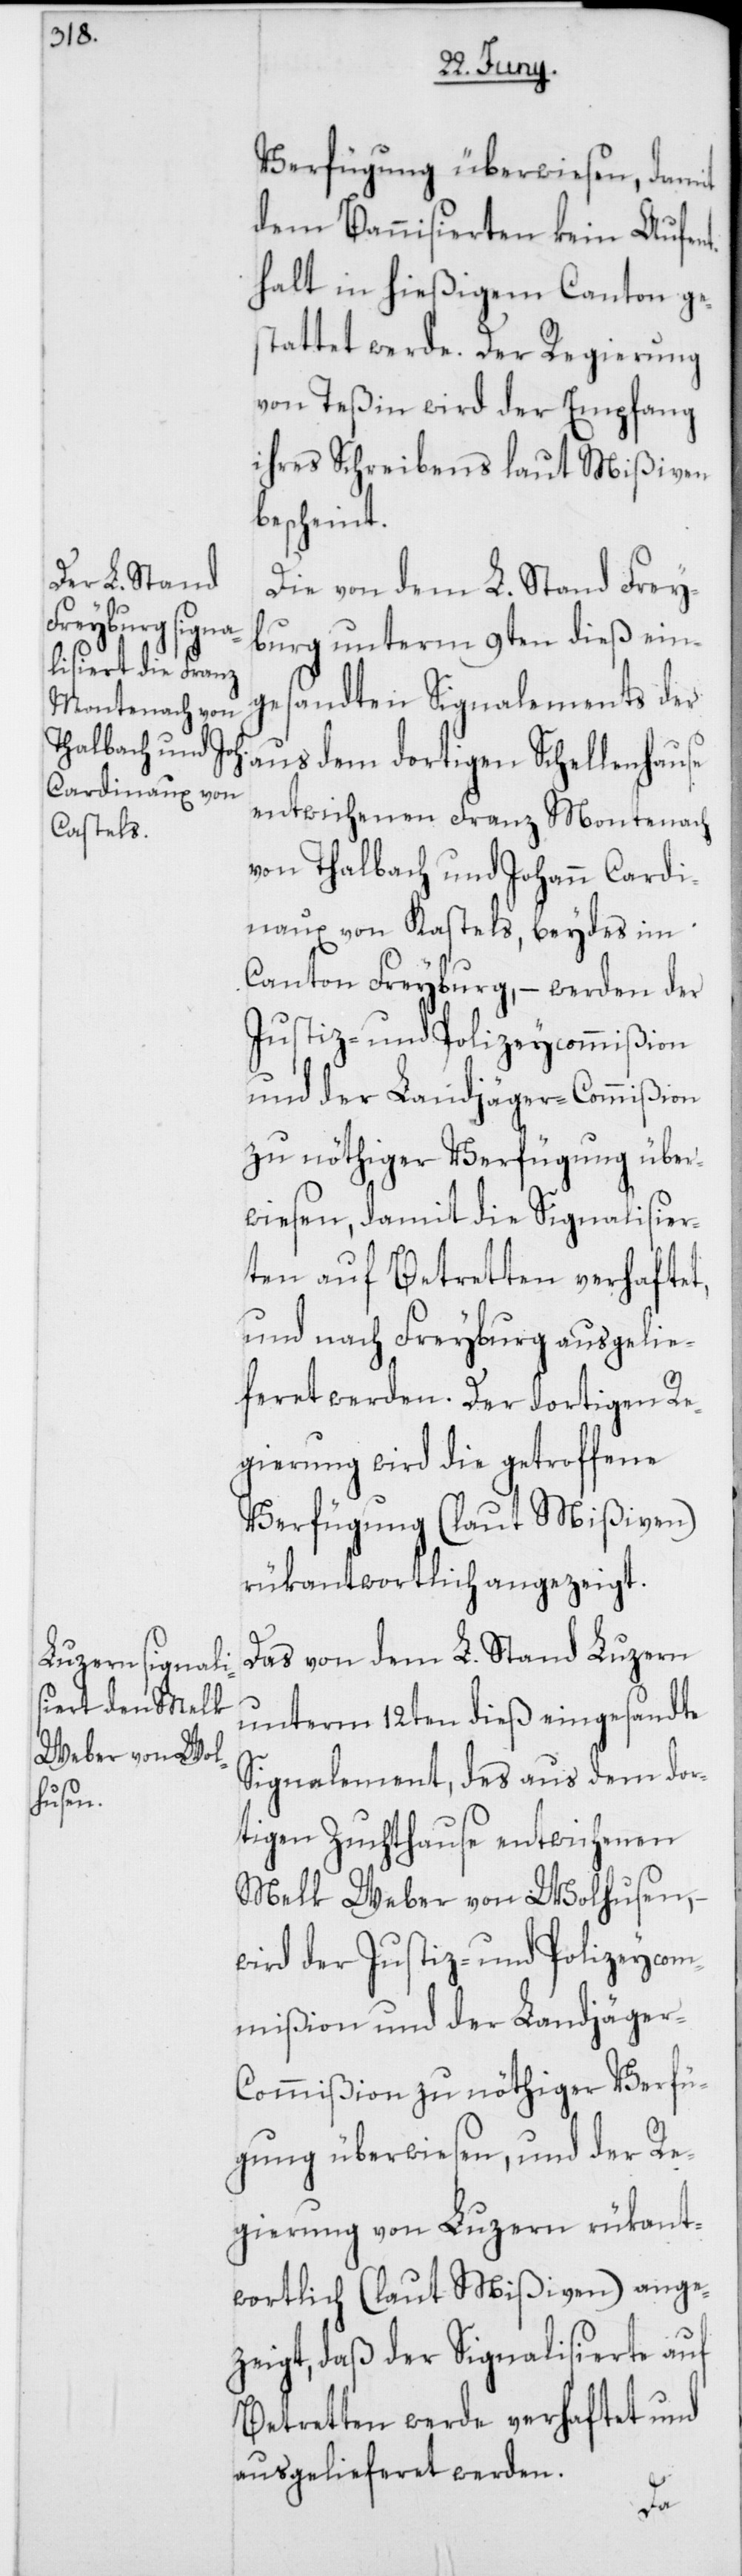
Verfügung überwiesen, damit
dem Bannisierten kein Aufen¬
thalt in hießigem Canton ge¬
stattet werde. Der Regierung
von Teßin wird der Empfang
ihres Schreibens laut Mißiven
bescheint.
Die von dem L. Stand Frey¬
burg unterm 9ten dieß ein¬
gesandten Signalements der
aus dem dortigen Schellenhause
entwichenen Franz Montenach
von Thalbach und Johann Cardi¬
naux von Kastels, beydes im
Canton Freyburg, – werden der
Justiz- und Polizey-Commißion
und der Landjäger-Commißion
zu nöthiger Verfügung über¬
wiesen, damit die Signalisier¬
ten auf Betretten verhaftet,
und nach Freyburg ausgelie¬
feret werden. Der dortigen Re¬
gierung wird die getroffene
Verfügung (laut Mißiven)
rükantwortlich angezeigt.
Das von dem L. Stand Luzern
unterm 12ten dieß eingesandte
Signalement, des aus dem dor¬
tigen Zuchthause entwichenen
Welk Weber von Wolhusen,
wird der Justiz- und Polizeycom¬
mißion und der Landjäge¬
r-Commißion zu nöthiger Verfü¬
gung überwiesen, und der Re¬
gierung von Luzern rükant¬
wortlich (laut Mißiven) ange¬
zeigt, daß der Signalisierte auf
Betretten werde verhaftet und
ausgelieferet werden.